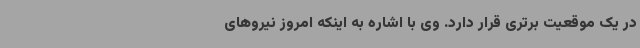
در یک موقعیت برتری قرار دارد. وی با اشاره به اینکه امروز نیروهای